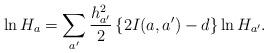
LaTeX: \begin{align*}\ln H_a=\sum_{a'}\frac{h_{a'}^2}{2} \left\{ 2I(a,a')-d \right\} \ln H_{a'}.\end{align*}